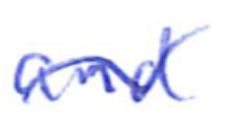
Text: and
Cross-out: wave
Writing tool: ballpoint